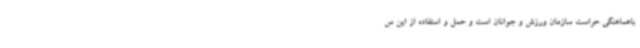
باهماهنگی حراست سازمان ورزش و جوانان است و حمل و استفاده از این س